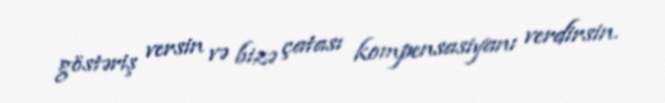
göstəriş versin və bizə çatası kompensasiyanı verdirsin.